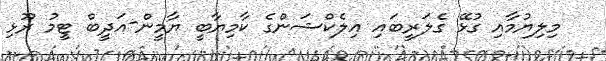
މިލިޔުމާއި ގުޅޭ ގެލަރީބައި އިލެކްޝަންގެ ކާމިޔާބީ ޔާމީން-އަދީބް ޓީމު ރޫޅި